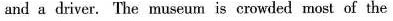
and a driver. The museum is cruwded most of the